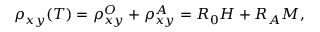
\rho _ { x y } ( T ) = \rho _ { x y } ^ { O } + \rho _ { x y } ^ { A } = R _ { 0 } H + R _ { A } M ,